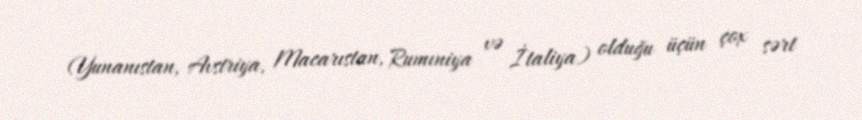
(Yunanıstan, Avstriya, Macarıstan, Rumıniya və İtaliya) olduğu üçün çox sərt